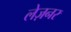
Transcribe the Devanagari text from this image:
लेज़नर